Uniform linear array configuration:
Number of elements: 16
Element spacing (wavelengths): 0.25
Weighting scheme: exponential
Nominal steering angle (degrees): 30
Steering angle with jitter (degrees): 29.736
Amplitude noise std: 0.05
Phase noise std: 0.05

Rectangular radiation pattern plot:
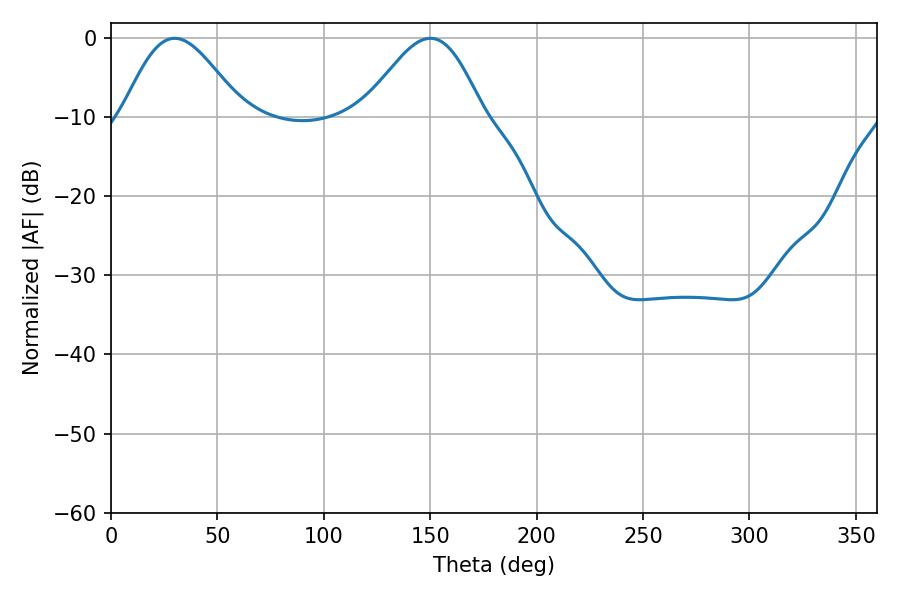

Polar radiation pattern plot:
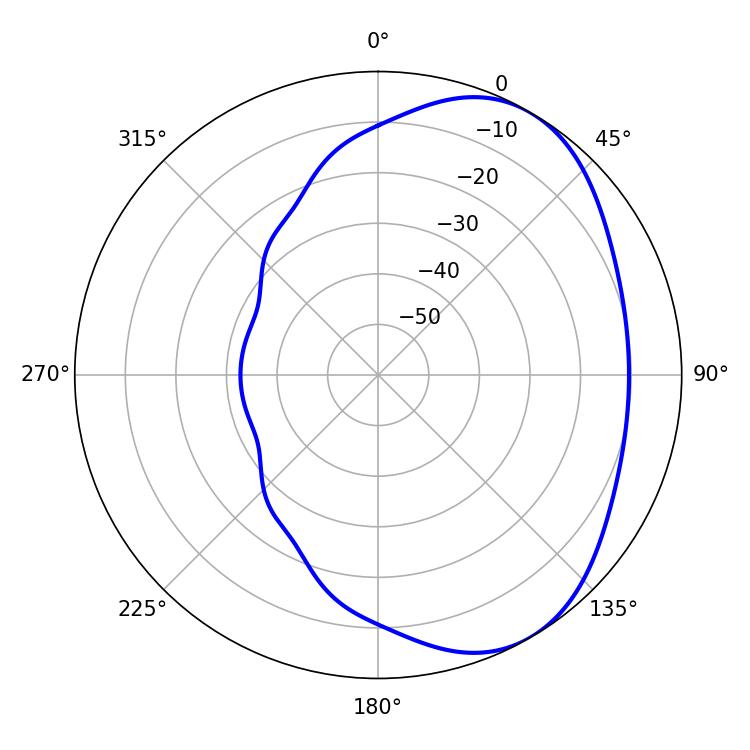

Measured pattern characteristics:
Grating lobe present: FALSE
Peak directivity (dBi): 4.663
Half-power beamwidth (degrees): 29.88
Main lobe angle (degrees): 29.88